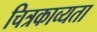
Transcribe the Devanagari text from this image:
चित्रकाव्यता